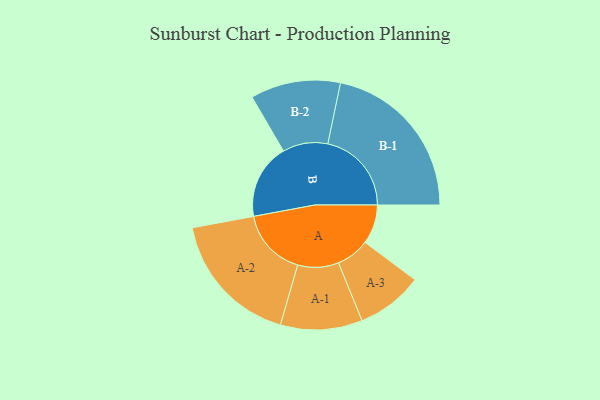
{"axis": {"x": "Segment", "y": "Value"}, "legend": ["", "A", "B"], "data": [{"x": "A", "y": 124, "type": ""}, {"x": "B", "y": 237, "type": ""}, {"x": "A-1", "y": 129, "type": "A"}, {"x": "A-2", "y": 214, "type": "A"}, {"x": "A-3", "y": 105, "type": "A"}, {"x": "B-1", "y": 264, "type": "B"}, {"x": "B-2", "y": 142, "type": "B"}]}